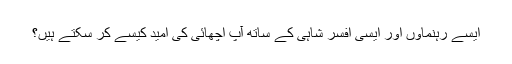
ایسے رہنماؤں اور ایسی افسر شاہی کے ساتھ آپ اچھائی کی امید کیسے کر سکتے ہیں؟